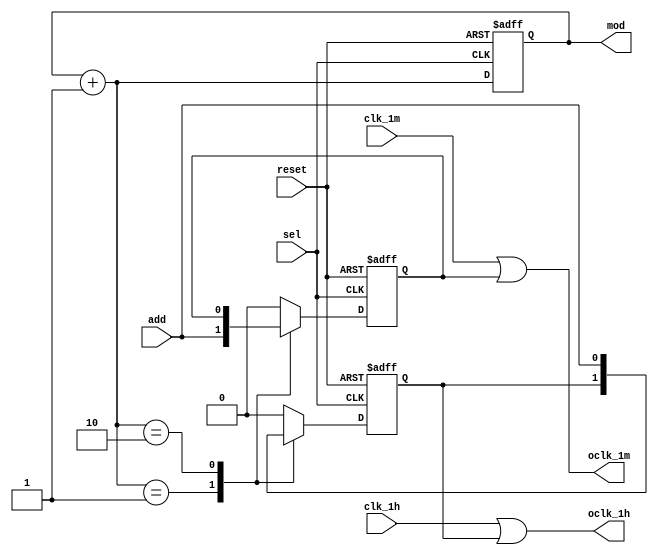
/*******************************************
out = 2'b00;   
out = 2'b01;   
out = 2'b10;   
out = 2'b11;   
************************************************/
module control (reset,sel,add,clk_1m,clk_1h,oclk_1m,oclk_1h,mod);

input wire sel,add,reset;
input wire clk_1m,clk_1h;
output wire oclk_1m,oclk_1h;
output reg [1:0] mod;

reg temp1,temp2;

always@(posedge sel,posedge reset) begin
    if(reset == 1) begin
	     mod = 2'b00;
	     temp1 = 0;
		  temp2 = 0;
	 end
    else begin
	     mod = mod + 1'b1;  //sel==0xzout==2'b00;
	     casex(mod)
        2'b00: begin temp1 = 0; temp2 = 0; end
		  2'b01: temp1 = add;
		  2'b10: temp2 = add;
		  default: begin temp1 = 0; temp2 = 0; end
		  endcase
	 end
end

//mux2 U6_m (.d1(add),.d2(clk_1m),.sel(temp1),.out(oclk_1m));
//mux2 U6_h (.d1(add),.d2(clk_1h),.sel(temp2),.out(oclk_1h));
or U6_m (oclk_1m,clk_1m,temp1);
or U6_h (oclk_1h,clk_1h,temp2);

endmodule